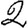
Digit: 2